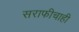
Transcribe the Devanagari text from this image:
सराफीचाही